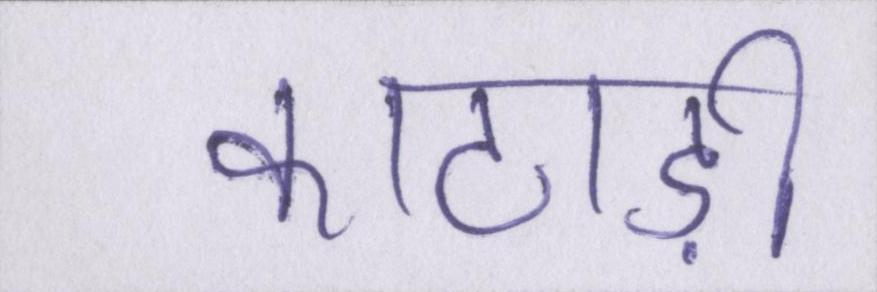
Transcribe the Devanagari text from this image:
काठाड़ी